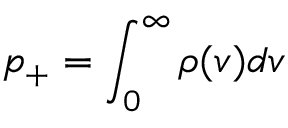
p _ { + } = \int _ { 0 } ^ { \infty } \rho ( v ) d v